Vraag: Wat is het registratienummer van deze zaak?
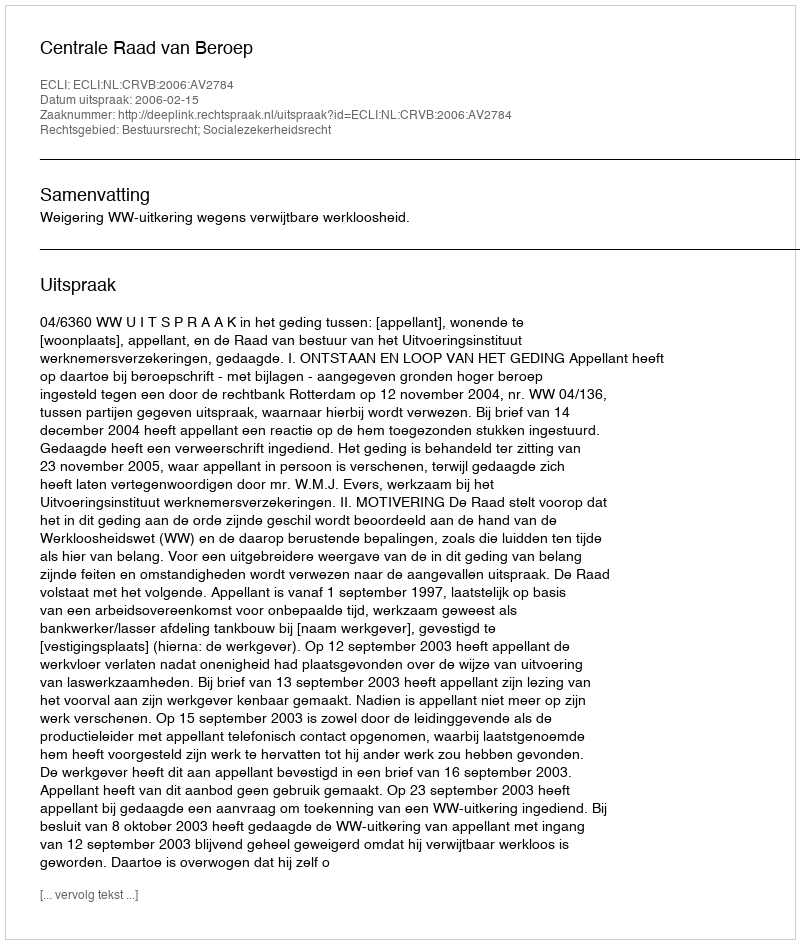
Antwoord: http://deeplink.rechtspraak.nl/uitspraak?id=ECLI:NL:CRVB:2006:AV2784